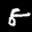
Label: 8